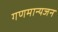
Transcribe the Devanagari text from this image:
गणमान्यजन